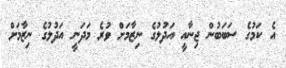
އެ ކަމުގެ ސަބަބުން ޖިނާއީ އަދުލުގެ ނިޒާމަށް ވުރެ މަދަނީ އަދުލުގެ ނިޒާމަށް